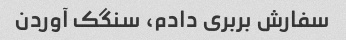
سفارش بربری دادم، سنگک آوردن